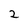
Character: 2